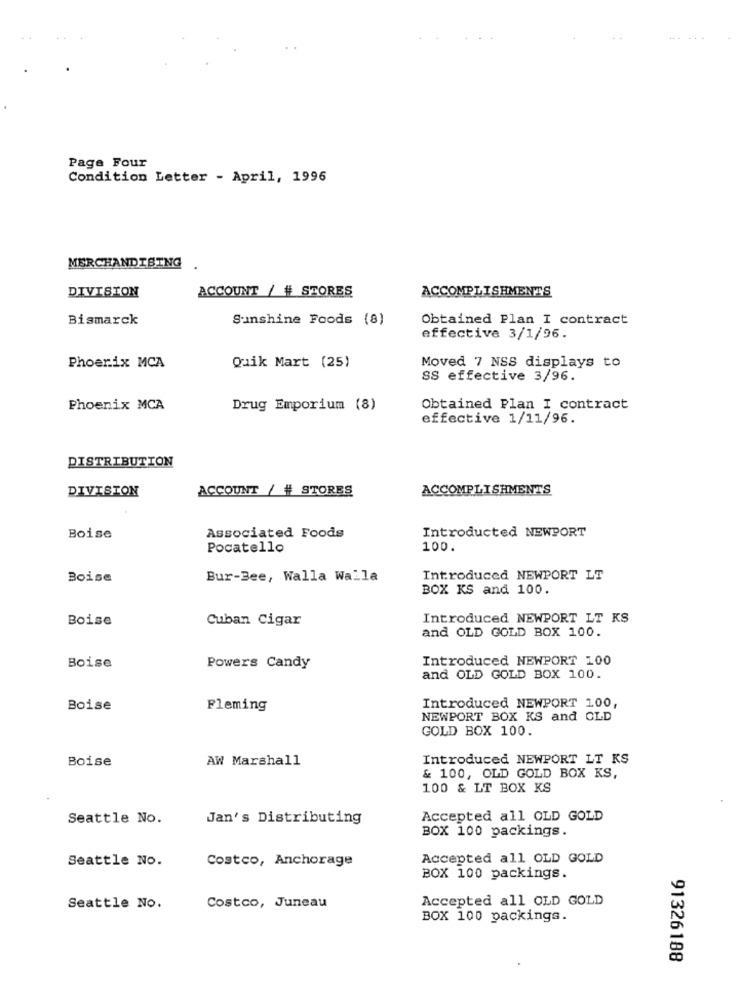
Page Four
Condition Letter - April, 1996
MERCHANDISING
DIVISION
ACCOUNT / # STORES
ACCOMPLISHMENTS
Bismarck
Sunshine Foods (8)
Obtained Plan I contract
effective 3/1/96.
Phoenix MCA
Quik Mart (25)
Moved 7 NSS displays to
SS effective 3/96.
Phoenix MCA
Drug Emporium (8)
Obtained Plan I contract
effective 1/11/96.
DISTRIBUTION
DIVISION
ACCOUNT / # STORES
ACCOMPLISHMENTS
Associated Foods
Introducted NEWPORT
Boise
Pocatello
100.
Boise
Bur-Bee, Walla Walla
Introduced NEWPORT LT
BOX KS and 100.
Boise
Cuban Cigar
Introduced NEWPORT LT KS
and OLD GOLD BOX 100.
Introduced NEWPORT 100
Boise
Powers Candy
and OLD GOLD BOX 100.
Boise
Fleming
Introduced NEWPORT 100,
NEWPORT BOX KS and OLD
GOLD BOX 100.
Boise
AW Marshall
Introduced NEWPORT LT KS
& 100, OLD GOLD BOX KS,
100 & LT BOX KS
Seattle No.
Jan's Distributing
Accepted all OLD GOLD
BOX 100 packings.
Seattle No.
Costco, Anchorage
Accepted all OLD GOLD
BOX 100 packings.
Accepted all OLD GOLD
Seattle No.
Costco, Juneau
BOX 100 packings.
91326188